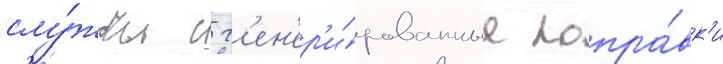
слу́жбы с г'ен'ер'и́рованные попра́вк'и